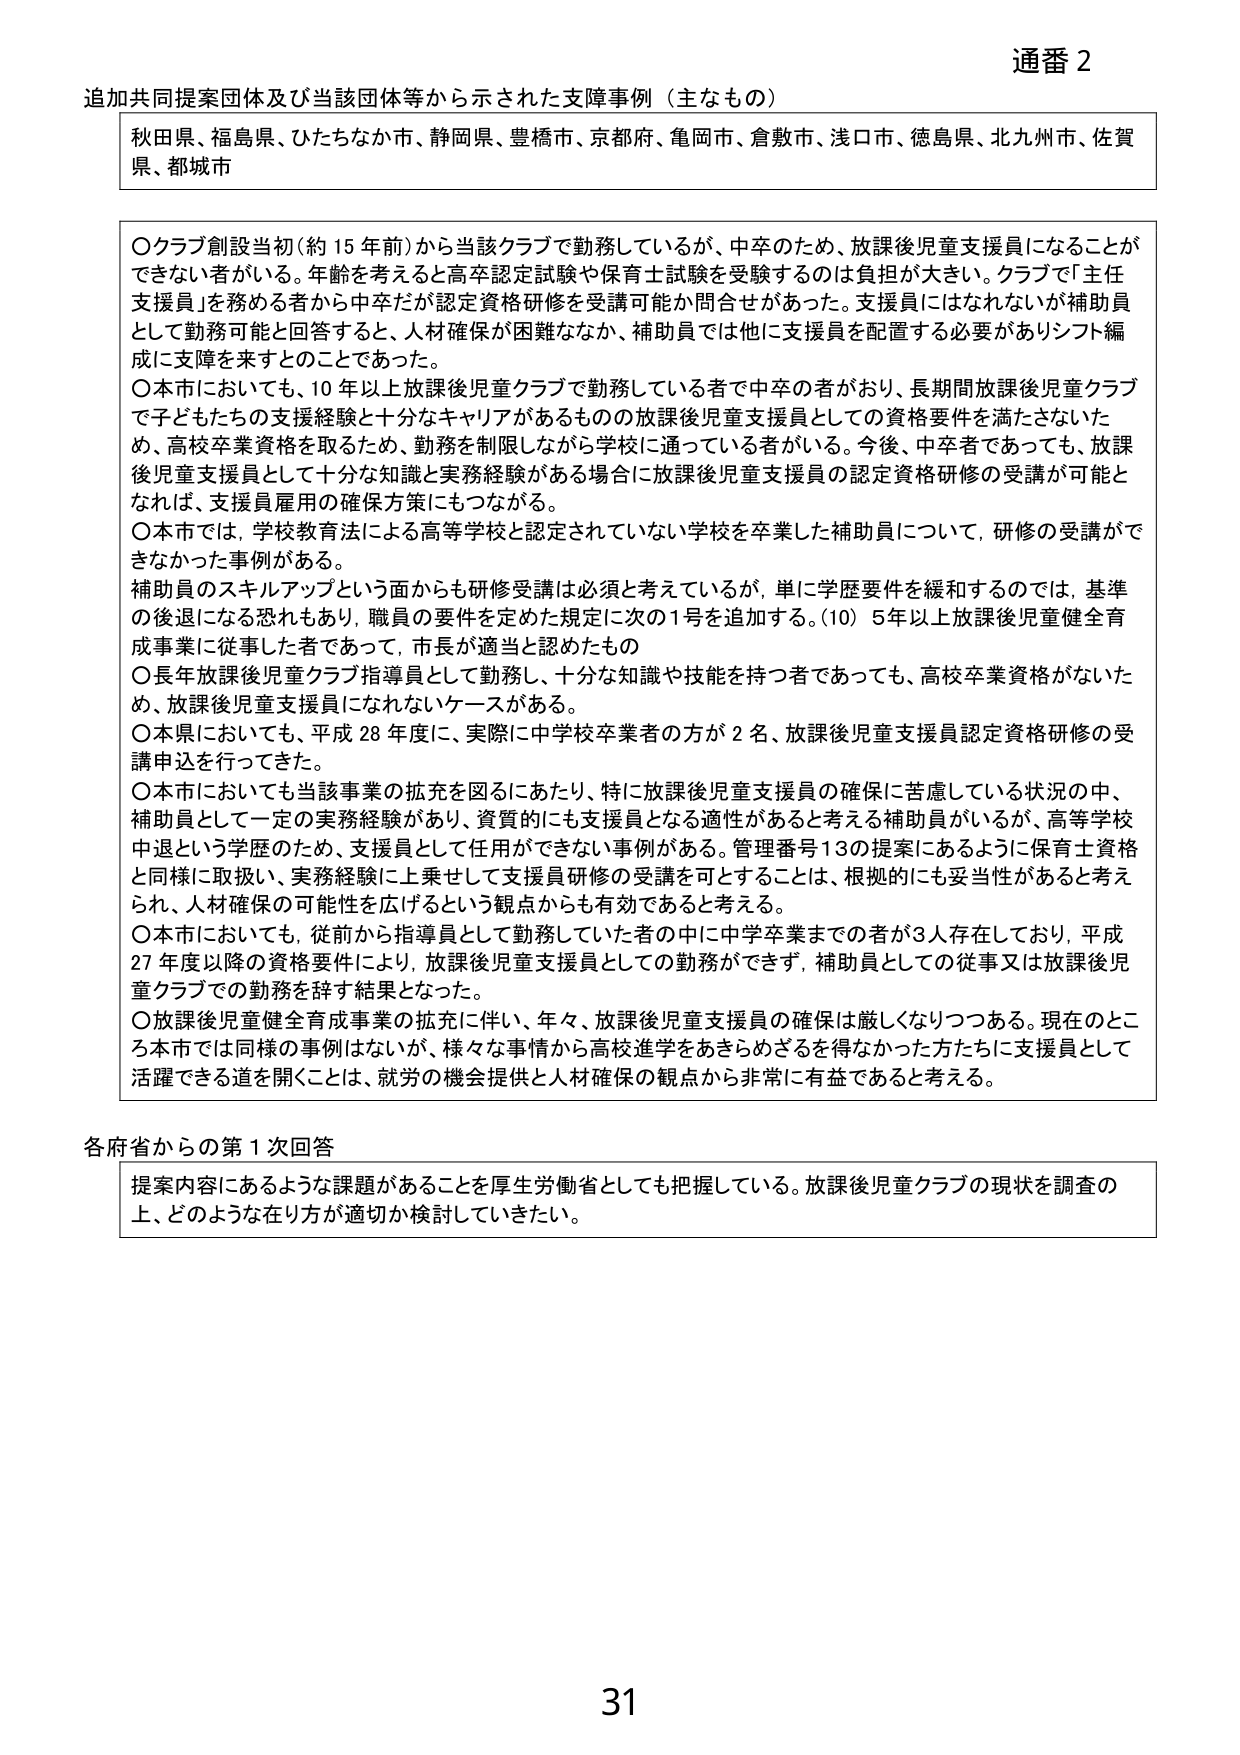
通番 2

追加共同提案団体及び当該団体等から示された支障事例（主なもの）

秋田県、福島県、ひたちなか市、静岡県、豊橋市、京都府、亀岡市、倉敷市、浅口市、徳島県、北九州市、佐賀県、都城市

○クラブ創設当初（約15年前）から当該クラブで勤務しているが、中卒のため、放課後児童支援員になることができない者がいる。年齢を考えると高卒認定試験や保育士試験を受験するのは負担が大きい。クラブで「主任支援員」を務める者から中卒だが認定資格研修を受講可能か問合せがあった。支援員にはなれないが補助員として勤務可能と回答すると、人材確保が困難ななか、補助員では他に支援員を配置する必要がありシフト編成に支障を来すとのことであった。

○本市においても、10年以上放課後児童クラブで勤務している者で中卒の者がおり、長期間放課後児童クラブで子どもたちの支援経験と十分なキャリアがあるものの放課後児童支援員としての資格要件を満たさないため、高校卒業資格を取るため、勤務を制限しながら学校に通っている者がいる。今後、中卒者であっても、放課後児童支援員として十分な知識と実務経験がある場合に放課後児童支援員の認定資格研修の受講が可能となれば、支援員雇用の確保方策にもつながる。

○本市では、学校教育法による高等学校と認定されていない学校を卒業した補助員について、研修の受講ができなかった事例がある。

補助員のスキルアップという面からも研修受講は必須と考えているが、単に学歴要件を緩和するのでは、基準の後退になる恐れもあり、職員の要件を定めた規定に次の1号を追加する。（10）5年以上放課後児童健全育成事業に従事した者であって、市長が適当と認めたもの

○長年放課後児童クラブ指導員として勤務し、十分な知識や技能を持つ者であっても、高校卒業資格がないため、放課後児童支援員になれないケースがある。

○本県においても、平成28年度に、実際に中学校卒業者の方が2名、放課後児童支援員認定資格研修の受講申込を行ってきた。

○本市においても当該事業の拡充を図るにあたり、特に放課後児童支援員の確保に苦慮している状況の中、補助員として一定の実務経験があり、資質的にも支援員となる適性があると考える補助員がいるが、高等学校中退という学歴のため、支援員として任用ができない事例がある。管理番号13の提案にあるように保育士資格と同様に取扱い、実務経験に上乗せして支援員研修の受講を可とすることは、根拠的にも妥当性があると考えられ、人材確保の可能性を広げるという観点からも有効であると考える。

○本市においても、従前から指導員として勤務していた者の中に中学卒業までの者が3人存在しており、平成27年度以降の資格要件により、放課後児童支援員としての勤務ができず、補助員としての従事又は放課後児童クラブでの勤務を辞す結果となった。

○放課後児童健全育成事業の拡充に伴い、年々、放課後児童支援員の確保は厳しくなりつつある。現在のところ本市では同様の事例はないが、様々な事情から高校進学をあきらめざるを得なかった方たちに支援員として活躍できる道を開くことは、就労の機会提供と人材確保の観点から非常に有益であると考える。

各府省からの第1次回答

提案内容にあるような課題があることを厚生労働省としても把握している。放課後児童クラブの現状を調査の上、どのような在り方が適切か検討していきたい。

31